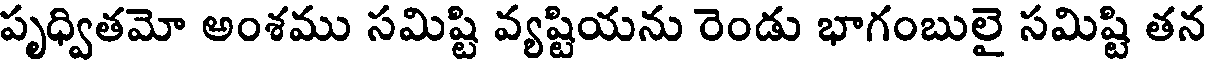
పృధ్వితమో అంశము సమిష్టి వ్యష్టియను రెండు భాగంబులై సమిష్టి తన